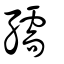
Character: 孺